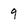
Character: 9